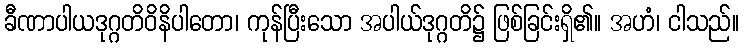
ခီဏာပါယဒုဂ္ဂတိဝိနိပါတော၊ ကုန်ပြီးသော အပါယ်ဒုဂ္ဂတိ၌ ဖြစ်ခြင်းရှိ၏။ အဟံ၊ ငါသည်။